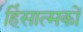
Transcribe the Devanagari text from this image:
हिंसात्मकों